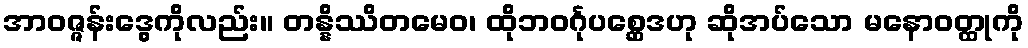
အာဝဇ္ဇန်းဒွေကိုလည်း။ တန္နိဿိတမေဝ၊ ထိုဘဝင်္ဂုပစ္ဆေဒဟု ဆိုအပ်သော မနောဝတ္ထုကို